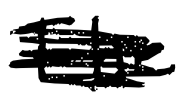
Text: The
Cross-out: scratch
Writing tool: digital_black